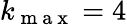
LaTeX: k_{\mathrm{~m~a~x~}}=4